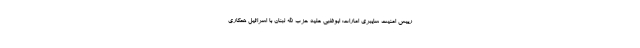
رییس امنیت سایبری امارات: ابوظبی علیه حزب الله لبنان با اسرائیل همکاری